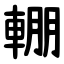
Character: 輣